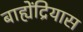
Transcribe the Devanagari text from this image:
बाह्येंद्रियास